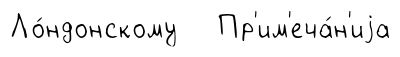
Ло́ндонскому Пр'им'еча́н'иjа